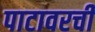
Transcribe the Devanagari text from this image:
पाटावरची